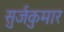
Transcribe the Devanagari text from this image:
सुर्जकुमार